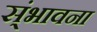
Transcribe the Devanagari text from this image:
स्ंभावना